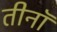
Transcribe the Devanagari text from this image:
तीनॉ